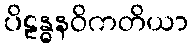
ပိဠန္ဓနဝိကတိယာ